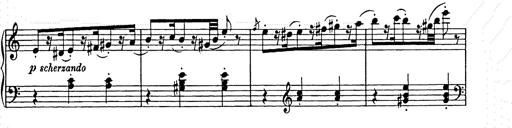
Title: Weihnachtsbaum
Composer: Franz Liszt